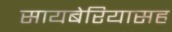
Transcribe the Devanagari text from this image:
सायबेरियासह